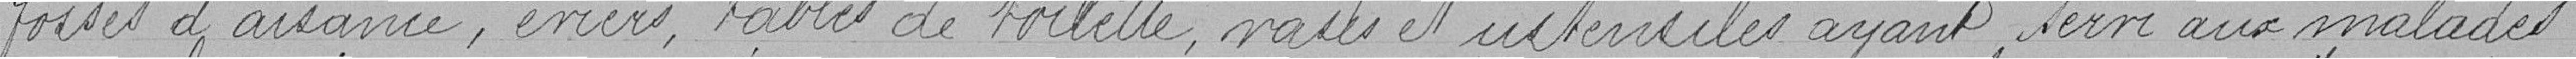
fosses d'aisances, éviers, tables de toilette, vases et ustensiles ayant servi aux malades